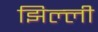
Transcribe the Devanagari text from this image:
झिल्‍ली